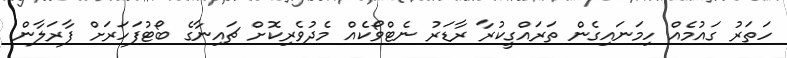
ހަތަރު ގައުމެއް ހިމަނައިގެން ތަރައްގީކުރާ ރާޑަރު ނެޓްވޯކެއް މެދުވެރިކޮށް ޗައިނާގެ ބޯޓުފަހަރަށް ފާރަލާން